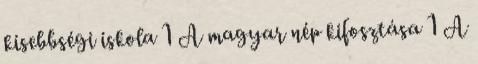
kisebbségi iskola 1 A magyar nép kifosztása 1 A